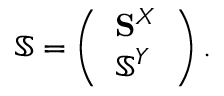
\mathbb { S } = \left( \begin{array} { l } { { \mathbf S } ^ { X } } \\ { \mathbb { S } ^ { Y } } \end{array} \right) .